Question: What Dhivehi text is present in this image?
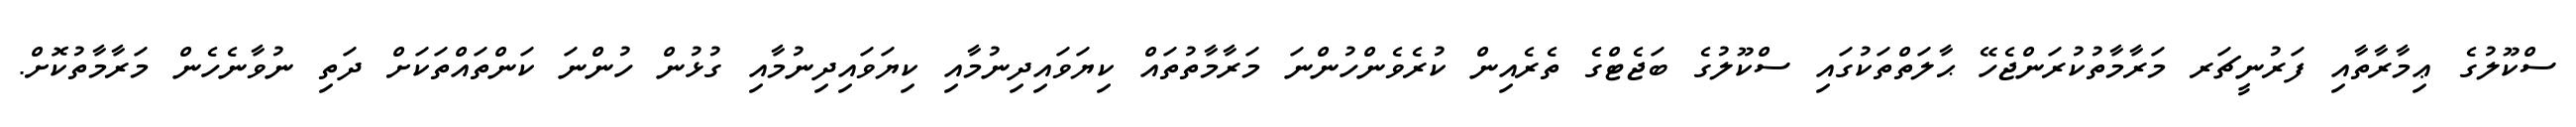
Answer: ސްކޫލުގެ ޢިމާރާތާއި ފަރުނީޗަރ މަރާމާތުކުރަންޖެހޭ ޙާލަތްތަކުގައި ސްކޫލުގެ ބަޖެޓްގެ ތެރެއިން ކުރެވެންހުންނަ މަރާމާތުތައް ކިޔަވައިދިނުމާއި ކިޔަވައިދިނުމާއި ގުޅުން ހުންނަ ކަންތައްތަކަށް ދަތި ނުވާނެހެން މަރާމާތުކޮށް.